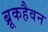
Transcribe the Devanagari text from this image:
ब्रूकहैवन